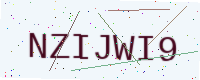
Text: NZIJWI9